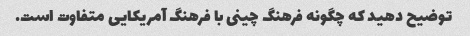
توضیح دهید که چگونه فرهنگ چینی با فرهنگ آمریکایی متفاوت است.